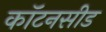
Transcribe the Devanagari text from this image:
कॉटनसीड